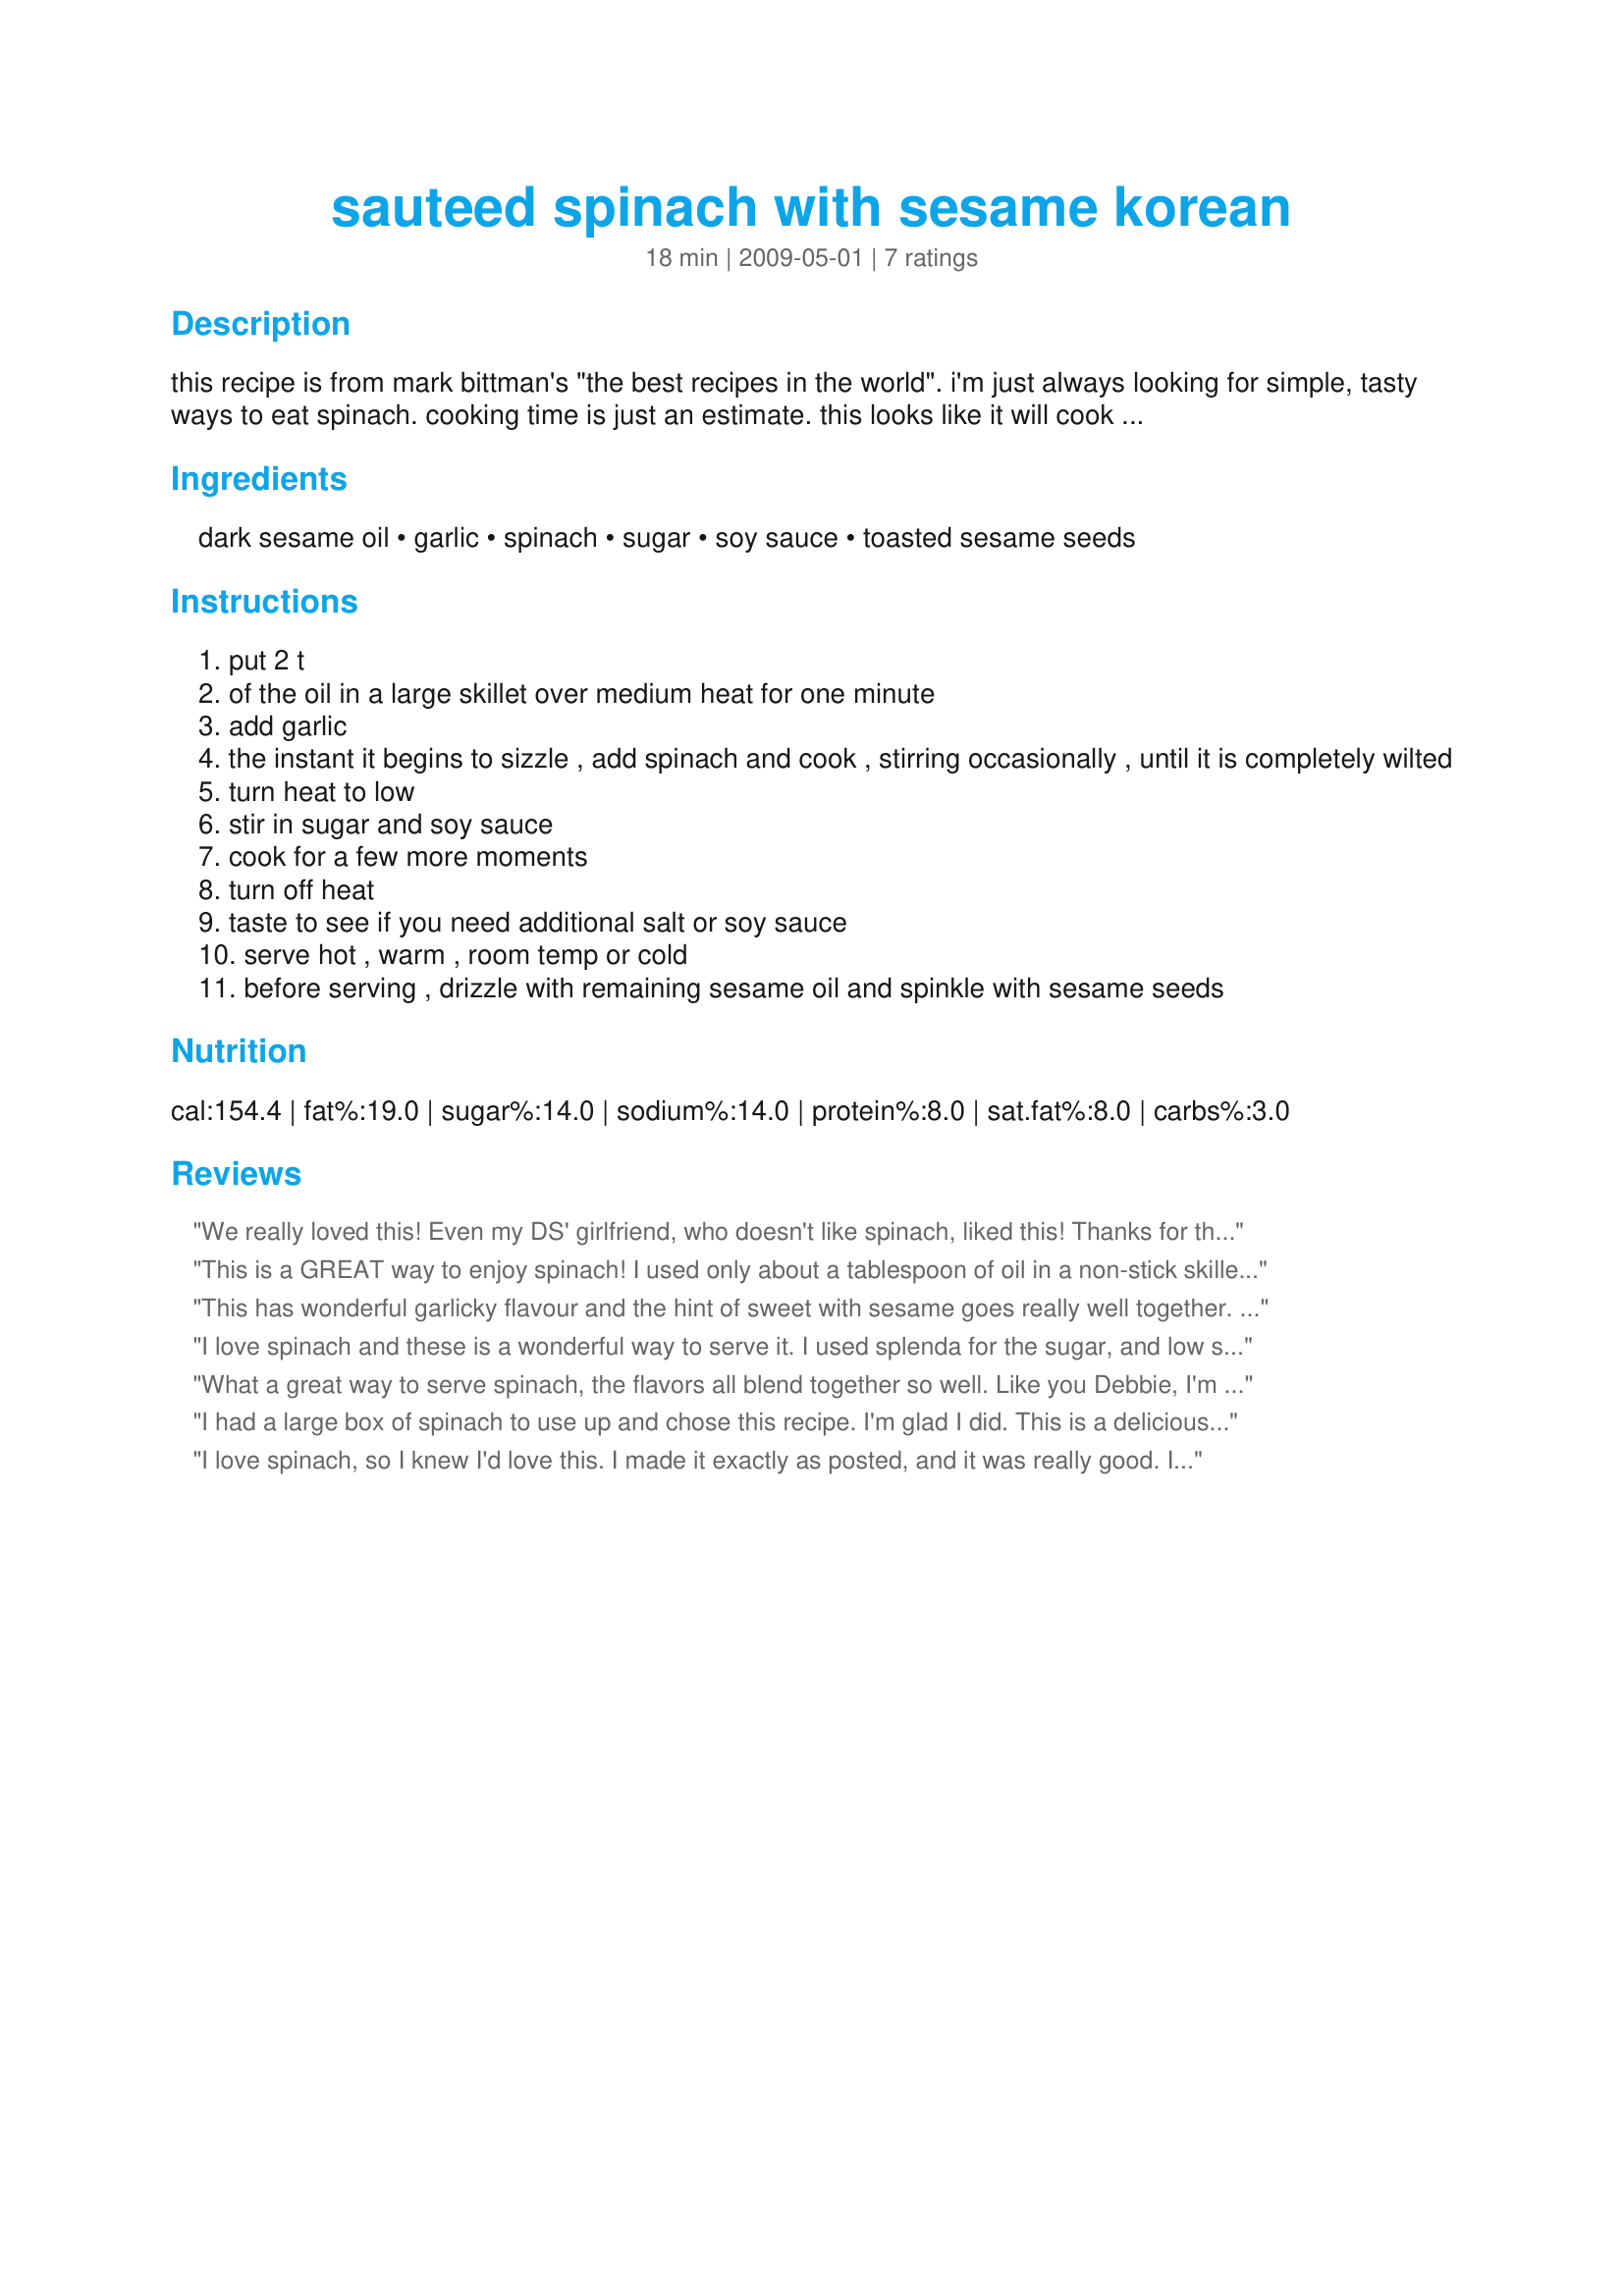
sauteed spinach with sesame korean
Preparation time: 18 minutes

this recipe is from mark bittman's "the best recipes in the world". i'm just always looking for simple, tasty ways to eat spinach. cooking time is just an estimate. this looks like it will cook up very quickly.

Ingredients:
dark sesame oil, garlic, spinach, sugar, soy sauce, toasted sesame seeds

Steps:
put 2 t
of the oil in a large skillet over medium heat for one minute
add garlic
the instant it begins to sizzle , add spinach and cook , stirring occasionally , until it is completely wilted
turn heat to low
stir in sugar and soy sauce
cook for a few more moments
turn off heat
taste to see if you need additional salt or soy sauce
serve hot , warm , room temp or cold
before serving , drizzle with remaining sesame oil and spinkle with sesame seeds

Reviews:
We really loved this! Even my DS' girlfriend, who doesn't like spinach, liked this! Thanks for the easy, tasty stir fried spinach recipe. I fixed it, alongside, Recipe #193902 and jasmine rice. What a great combo!
This is a GREAT way to enjoy spinach! I used only about a tablespoon of oil in a non-stick skillet and it was perfect for my taste. Absolutely loved the garlic-soy-sesame combo. It's so easy that plain ol' spinach won't be appearing anytime soon in my kitchen....
This has wonderful garlicky flavour and the hint of sweet with sesame goes really well together. I ended up with quite a bit of liquid in the bottom of the pan, so I'm wondering if I cooked it too long. I agree that the 3rd tbsp of sesame oil on top you could leave out as it's already very flavourful. Thanks for posting! ZWT6
I love spinach and these is a wonderful way to serve it. I used splenda for the sugar, and low sodium soy sauce
What a great way to serve spinach, the flavors all blend together so well. Like you Debbie, I'm always looking for new ways to serve spinach and this was awesome. I did add sautied onions to the mix as we love them in spinach and I think it really added a nice flavor - other than that I followed the directions exactly. I'm already craving this again so it's on the menu for tonight. Think next time I might even sprinkle with some parm cheese on top.
I had a large box of spinach to use up and chose this recipe. I'm glad I did. This is a delicious combination of flavours. My wok was the perfect size to cook all that spinach. I had this for lunch along with a baked potato. Made for ZWT7
I love spinach, so I knew I'd love this. I made it exactly as posted, and it was really good. I loved the nuttiness of the toasted sesame seeds on the spinach! The only thing I might change would be not to drizzle more sesame over the spinach...I thought it had enough as is. Thanks for posting another yummy spinach recipe! Made for Zaar 123 Hit Wonders Tag.
